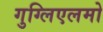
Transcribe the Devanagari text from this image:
गुग्लिएलमो